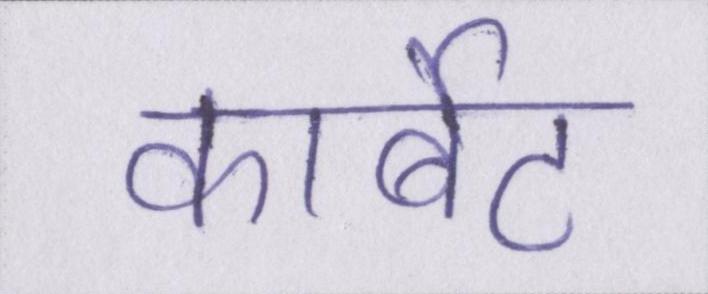
कार्बेट